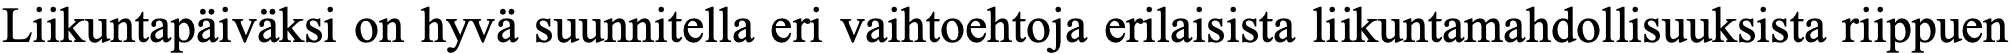
Liikuntapäiväksi on hyvä suunnitella eri vaihtoehtoja erilaisista liikuntamahdollisuuksista riippuen